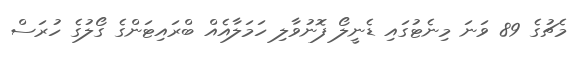
މެޗުގެ 89 ވަނަ މިނެޓުގައި ޑެނީލޯ ފޮނުވާލި ހަމަލާއެއް ބްރައިޓަންގެ ގޯލުގެ ހުރަސް